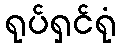
ရုပ်ရှင်ရုံ